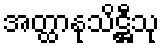
အတ္ထာနုသိဋ္ဌီသု